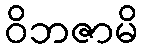
ဝိဘဇာမိ